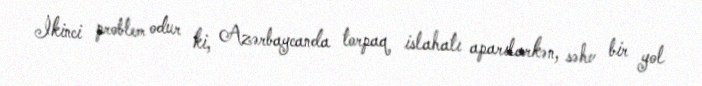
İkinci problem odur ki, Azərbaycanda torpaq islahatı aparılarkən, səhv bir yol